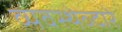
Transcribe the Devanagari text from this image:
व्यवस्थेव्दारे